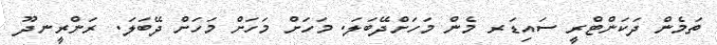
ތަމެން ދަކަންޓްރީ ސައިޑަރ މެން މަހަށްދޭބަލަ. މަހަށް މަހަށް މަހަށް ދޭބަލަ. ރަންރީނދޫ